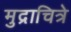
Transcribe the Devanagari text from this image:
मुद्राचित्रे